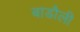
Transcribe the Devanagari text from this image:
बाडौली